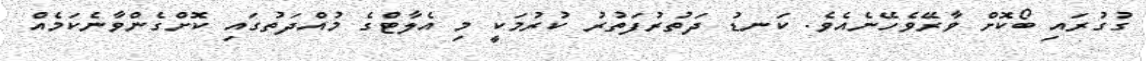
ގުގުރައި ބޯކޮށް ވާރޭވެހޭނެއެވެ. ކަނޑު ދަތުރުފަތުރު ކުރުމަކީ މި އެލާޓްގެ މުއްދަތުގައި ކޮށްގެންވާނެކަމެއް